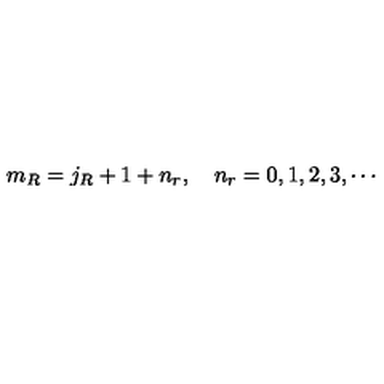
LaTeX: m _ { R } = j _ { R } + 1 + n _ { r } , \quad n _ { r } = 0 , 1 , 2 , 3 , \cdots